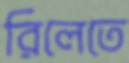
রিলেতে